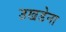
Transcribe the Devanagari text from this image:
उखडेना